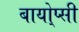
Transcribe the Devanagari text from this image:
बायो्प्सी